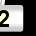
Digit: 2